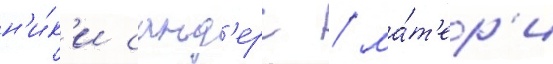
н'и́к'и санд'ерс / ма́т'ер'и